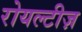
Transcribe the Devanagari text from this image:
रोयल्टीज़